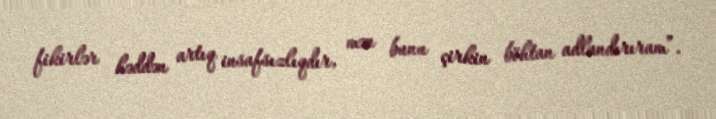
fikirlər həddən artıq insafsızlıqdır, mən bunu çirkin böhtan adlandırıram”.